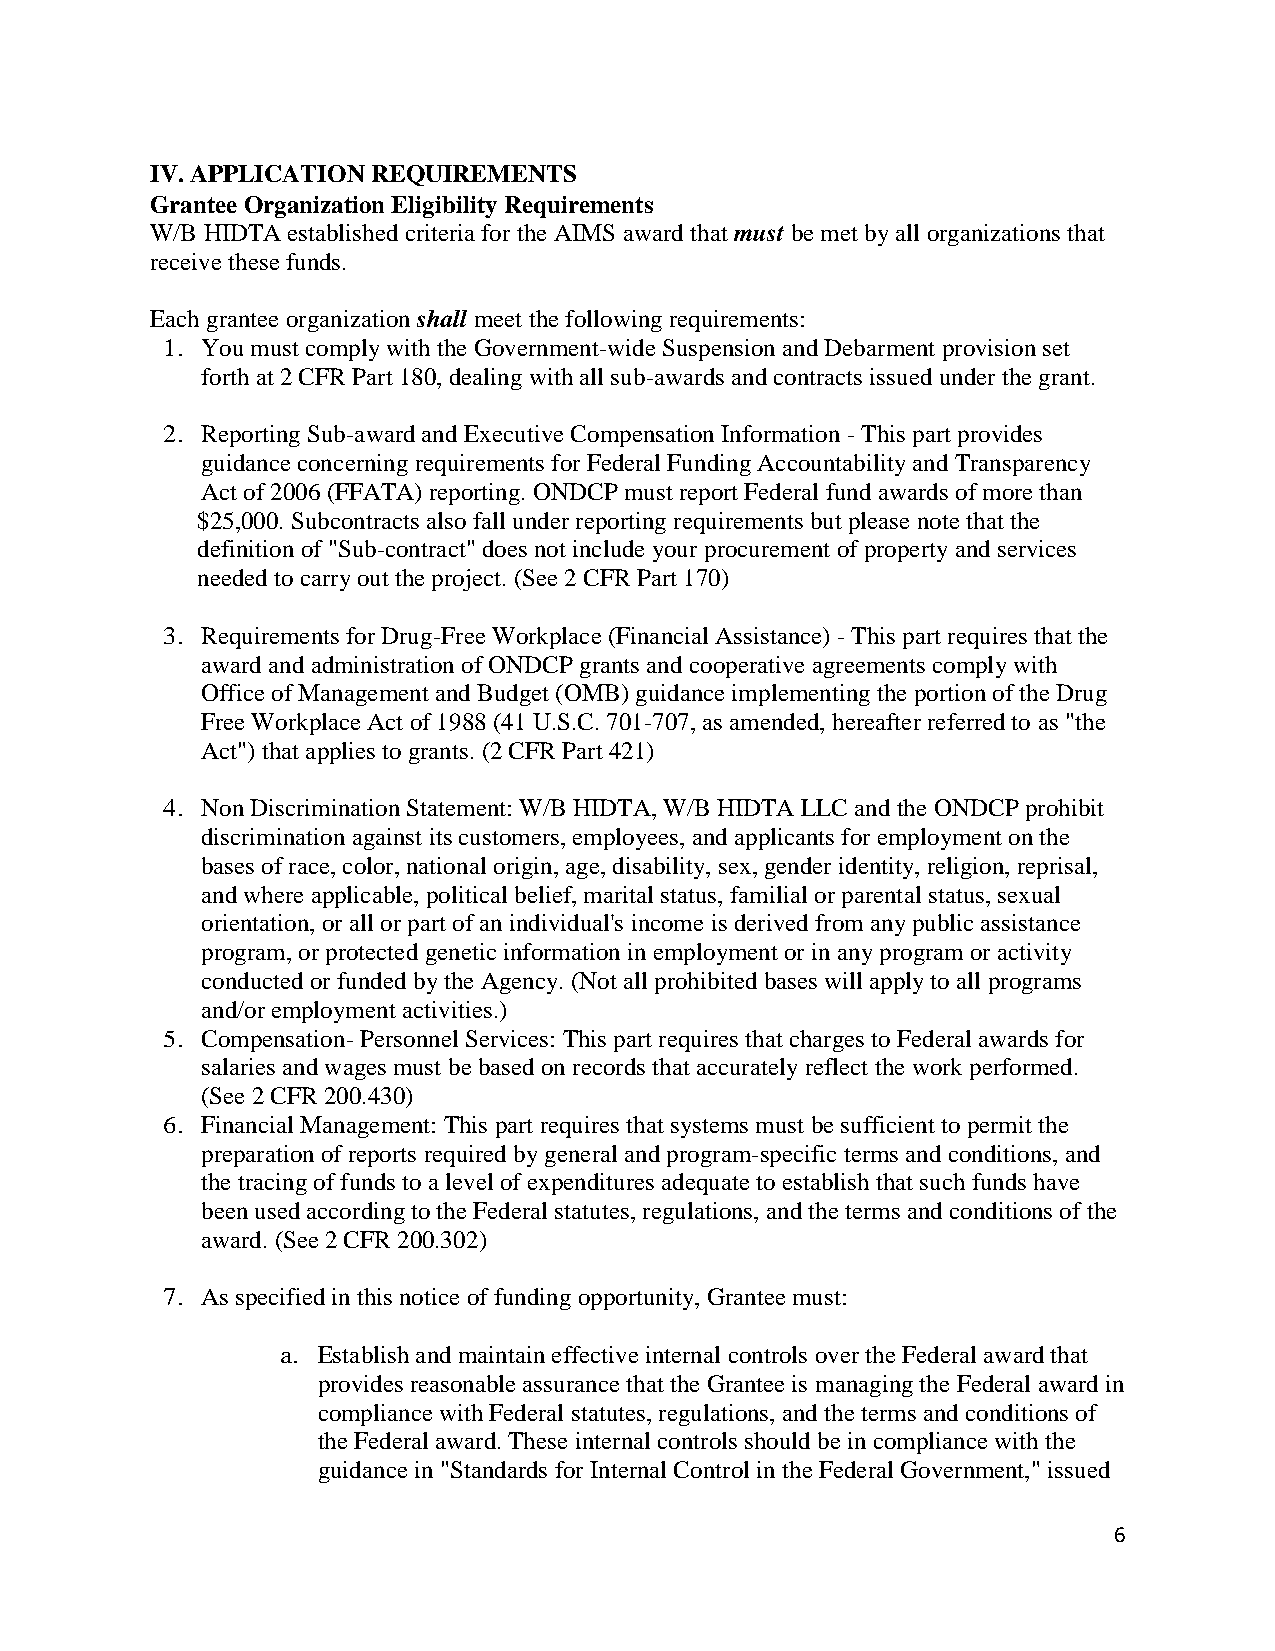
IV. APPLICATION REQUIREMENTS
 Grantee Organization Eligibility Requirements
 W/B HIDTA established criteria for the AIMS award that must be met by all organizations that
 receive these funds.
 Each grantee organization shall meet the following requirements:
 1. You must comply with the Government-wide Suspension and Debarment provision set
 forth at 2 CFR Part 180, dealing with all sub-awards and contracts issued under the grant.
 2. Reporting Sub-award and Executive Compensation Information - This part provides
 guidance concerning requirements for Federal Funding Accountability and Transparency
 Act of 2006 (FFATA) reporting. ONDCP must report Federal fund awards of more than
 $25,000. Subcontracts also fall under reporting requirements but please note that the
 definition of "Sub-contract" does not include your procurement of property and services
 needed to carry out the project. (See 2 CFR Part 170)
 3. Requirements for Drug-Free Workplace (Financial Assistance) - This part requires that the
 award and administration of ONDCP grants and cooperative agreements comply with
 Office of Management and Budget (OMB) guidance implementing the portion of the Drug
 Free Workplace Act of 1988 (41 U.S.C. 701-707, as amended, hereafter referred to as "the
 Act") that applies to grants. (2 CFR Part 421)
 4. Non Discrimination Statement: W/B HIDTA, W/B HIDTA LLC and the ONDCP prohibit
 discrimination against its customers, employees, and applicants for employment on the
 bases of race, color, national origin, age, disability, sex, gender identity, religion, reprisal,
 and where applicable, political belief, marital status, familial or parental status, sexual
 orientation, or all or part of an individual's income is derived from any public assistance
 program, or protected genetic information in employment or in any program or activity
 conducted or funded by the Agency. (Not all prohibited bases will apply to all programs
 and/or employment activities.)
 5. Compensation- Personnel Services: This part requires that charges to Federal awards for
 salaries and wages must be based on records that accurately reflect the work performed.
 (See 2 CFR 200.430)
 6. Financial Management: This part requires that systems must be sufficient to permit the
 preparation of reports required by general and program-specific terms and conditions, and
 the tracing of funds to a level of expenditures adequate to establish that such funds have
 been used according to the Federal statutes, regulations, and the terms and conditions of the
 award. (See 2 CFR 200.302)
 7. As specified in this notice of funding opportunity, Grantee must:
 a. Establish and maintain effective internal controls over the Federal award that
 provides reasonable assurance that the Grantee is managing the Federal award in
 compliance with Federal statutes, regulations, and the terms and conditions of
 the Federal award. These internal controls should be in compliance with the
 guidance in "Standards for Internal Control in the Federal Government," issued
 6